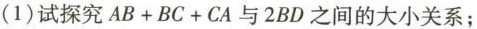
(1)试探究$$AB+BC+CA$$与2BD之间的大小关系；